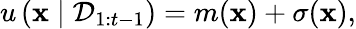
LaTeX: u\left(\mathbf{x}\mid\mathcal{D}_{1:t-1}\right)=m(\mathbf{x})+\sigma(\mathbf{x}),